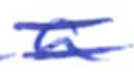
Text: a
Cross-out: double-line
Writing tool: ballpoint